Tezpur Lunatic Asylum reports 1877-1894 - 1877-1894
Year: 1877
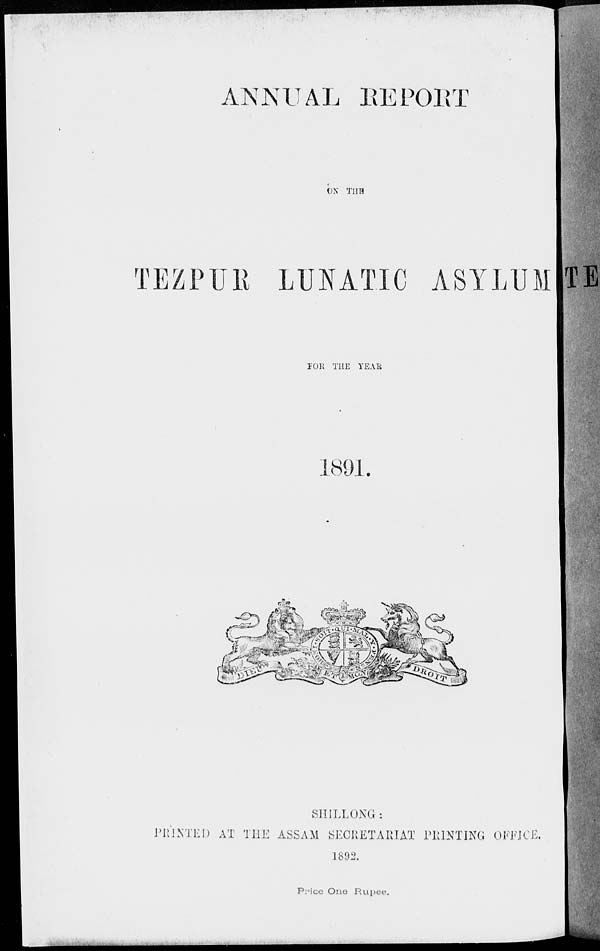
ANNUAL BE POET
ON TUB
TEZPUK LUNATIC ASYLUM TE
POK THE YEAR
Ot/JL.
SHILLONG:
PRINTED AT THE ASSAM SECRETARIAT PRINTING OFFICE.
1892.
Price One Rupi e,